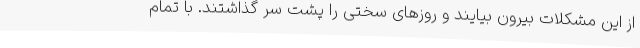
از این مشکلات بیرون بیایند و روزهای سختی را پشت سر گذاشتند. با تمام